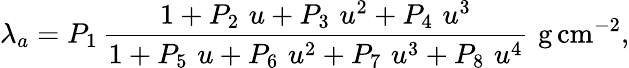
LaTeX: \lambda_{a}=P_{1}\, \frac{1+P_{2}\, \, u+P_{3}\, \, u^{2}+P_{4}\, \, u^{3}}{1+P_{5}\, \, u+P_{6}\, \, u^{2}+P_{7}\, \, u^{3}+P_{8}\, \, u^{4}}\, \, \mathrm{g}\, \mathrm{cm}^{-2},